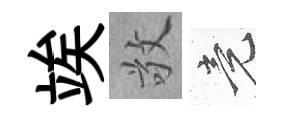
竢敬竟